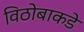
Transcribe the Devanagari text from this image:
विठोबाकडे